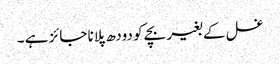
غسل کے بغیر بچے کو دودھ پلانا جائز ہے ۔